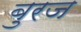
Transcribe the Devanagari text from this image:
बुरज